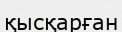
қысқарған